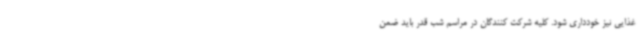
غذایی نیز خودداری شود. کلیه شرکت کنندگان در مراسم شب قدر باید ضمن